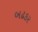
બઢકર